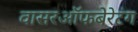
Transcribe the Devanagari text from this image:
वासरऑफबेरेटंग